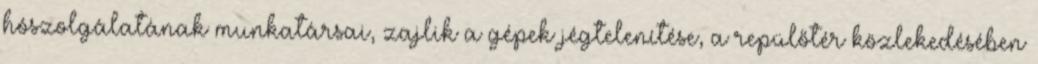
hószolgálatának munkatársai, zajlik a gépek jégtelenítése, a repülőtér közlekedésében